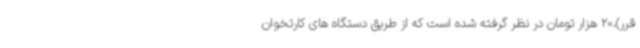
قرر)،20 هزار تومان در نظر گرفته شده است که از طریق دستگاه های کارتخوان